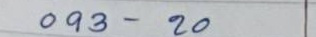
093 - 20